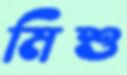
মিশু